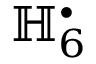
\mathbb { H } _ { 6 } ^ { \bullet }